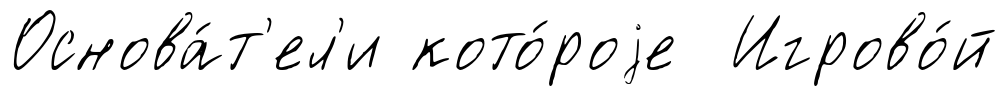
Основа́т'ел'и кото́роjе Игрово́й